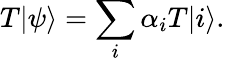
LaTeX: T|\psi\rangle=\sum_{i}\alpha_{i}T|i\rangle.